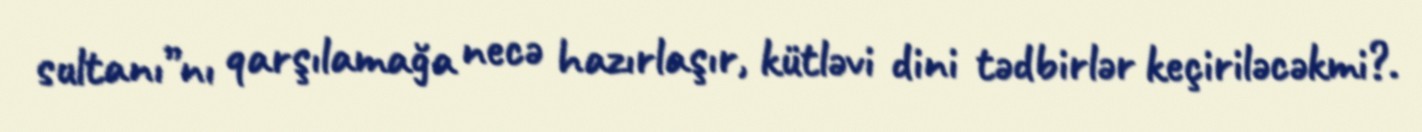
sultanı”nı qarşılamağa necə hazırlaşır, kütləvi dini tədbirlər keçiriləcəkmi?.